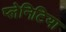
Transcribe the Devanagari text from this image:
प्लेनिटिया